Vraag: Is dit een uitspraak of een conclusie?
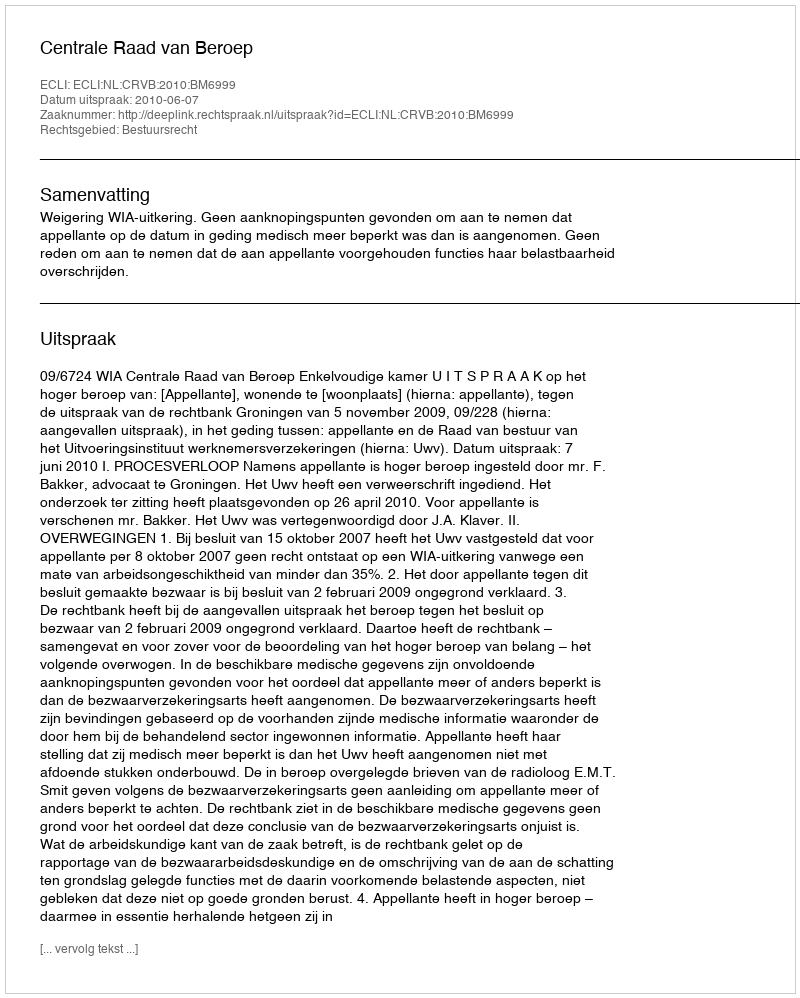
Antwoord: Uitspraak